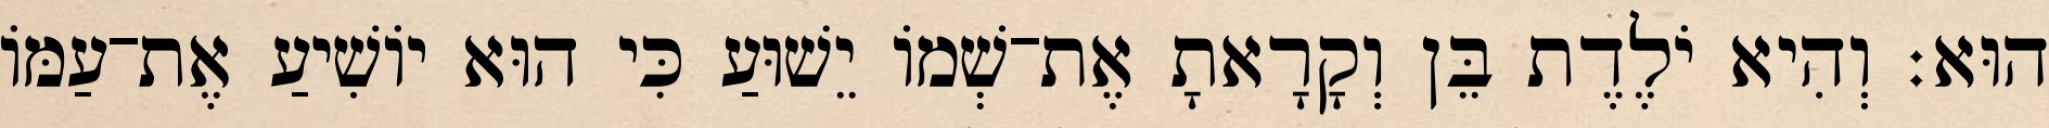
הוּא׃ וְהִיא יֹלֶדֶת בֵּן וְקָרָאתָ אֶת־שְׁמוֹ יֵשׁוּעַ כִּי הוּא יוֹשִׁיעַ אֶת־עַמּוֹ